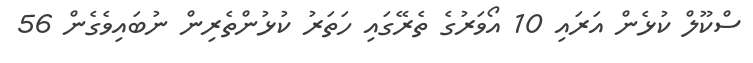
ސްކޫލް ކުޅެން އަރައި 10 އޯވަރުގެ ތެރޭގައި ހަތަރު ކުޅުންތެރިން ނުބައިވެގެން 56